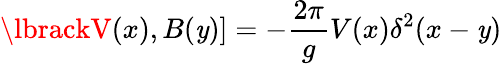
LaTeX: \lbrackV(x),B(\mathit{y})]=-{\frac{{2\pi}}{{g}}}V(x)\delta^{2}(x-\mathit{y})